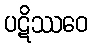
ပဋိဿဝေ